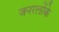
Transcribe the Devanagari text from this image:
जनरलोंके